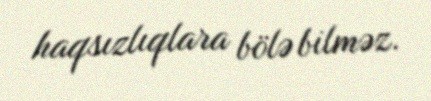
haqsızlıqlara bölə bilməz.